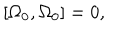
LaTeX: \left[ \Omega _ { 0 } , \Omega _ { 0 } \right] = 0 ,